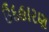
ઉદહારણ